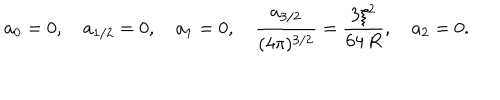
a _ { 0 } = 0 , \quad a _ { 1 / 2 } = 0 , \quad a _ { 1 } = 0 , \quad \frac { a _ { 3 / 2 } } { ( 4 \pi ) ^ { 3 / 2 } } = \frac { 3 \xi ^ { 2 } } { 6 4 \, R } , \quad a _ { 2 } = 0 .